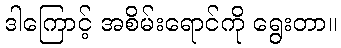
ဒါကြောင့် အစိမ်းရောင်ကို ရွေးတာ။